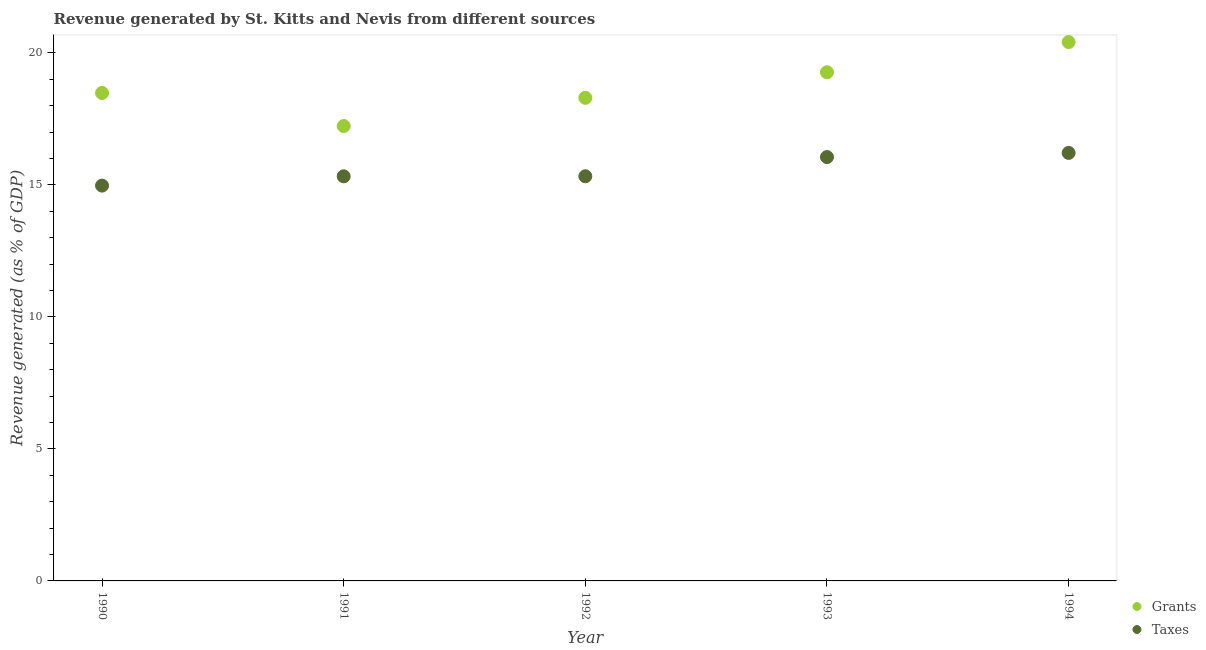
| Year | Grants | Taxes |
 | --- | --- | --- |
 | 1990 | 18.5 | 15 |
 | 1991 | 17.2 | 15.3 |
 | 1992 | 18.3 | 15.3 |
 | 1993 | 19.3 | 16.1 |
 | 1994 | 20.4 | 16.2 |